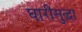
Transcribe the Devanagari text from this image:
घारीसुद्धा